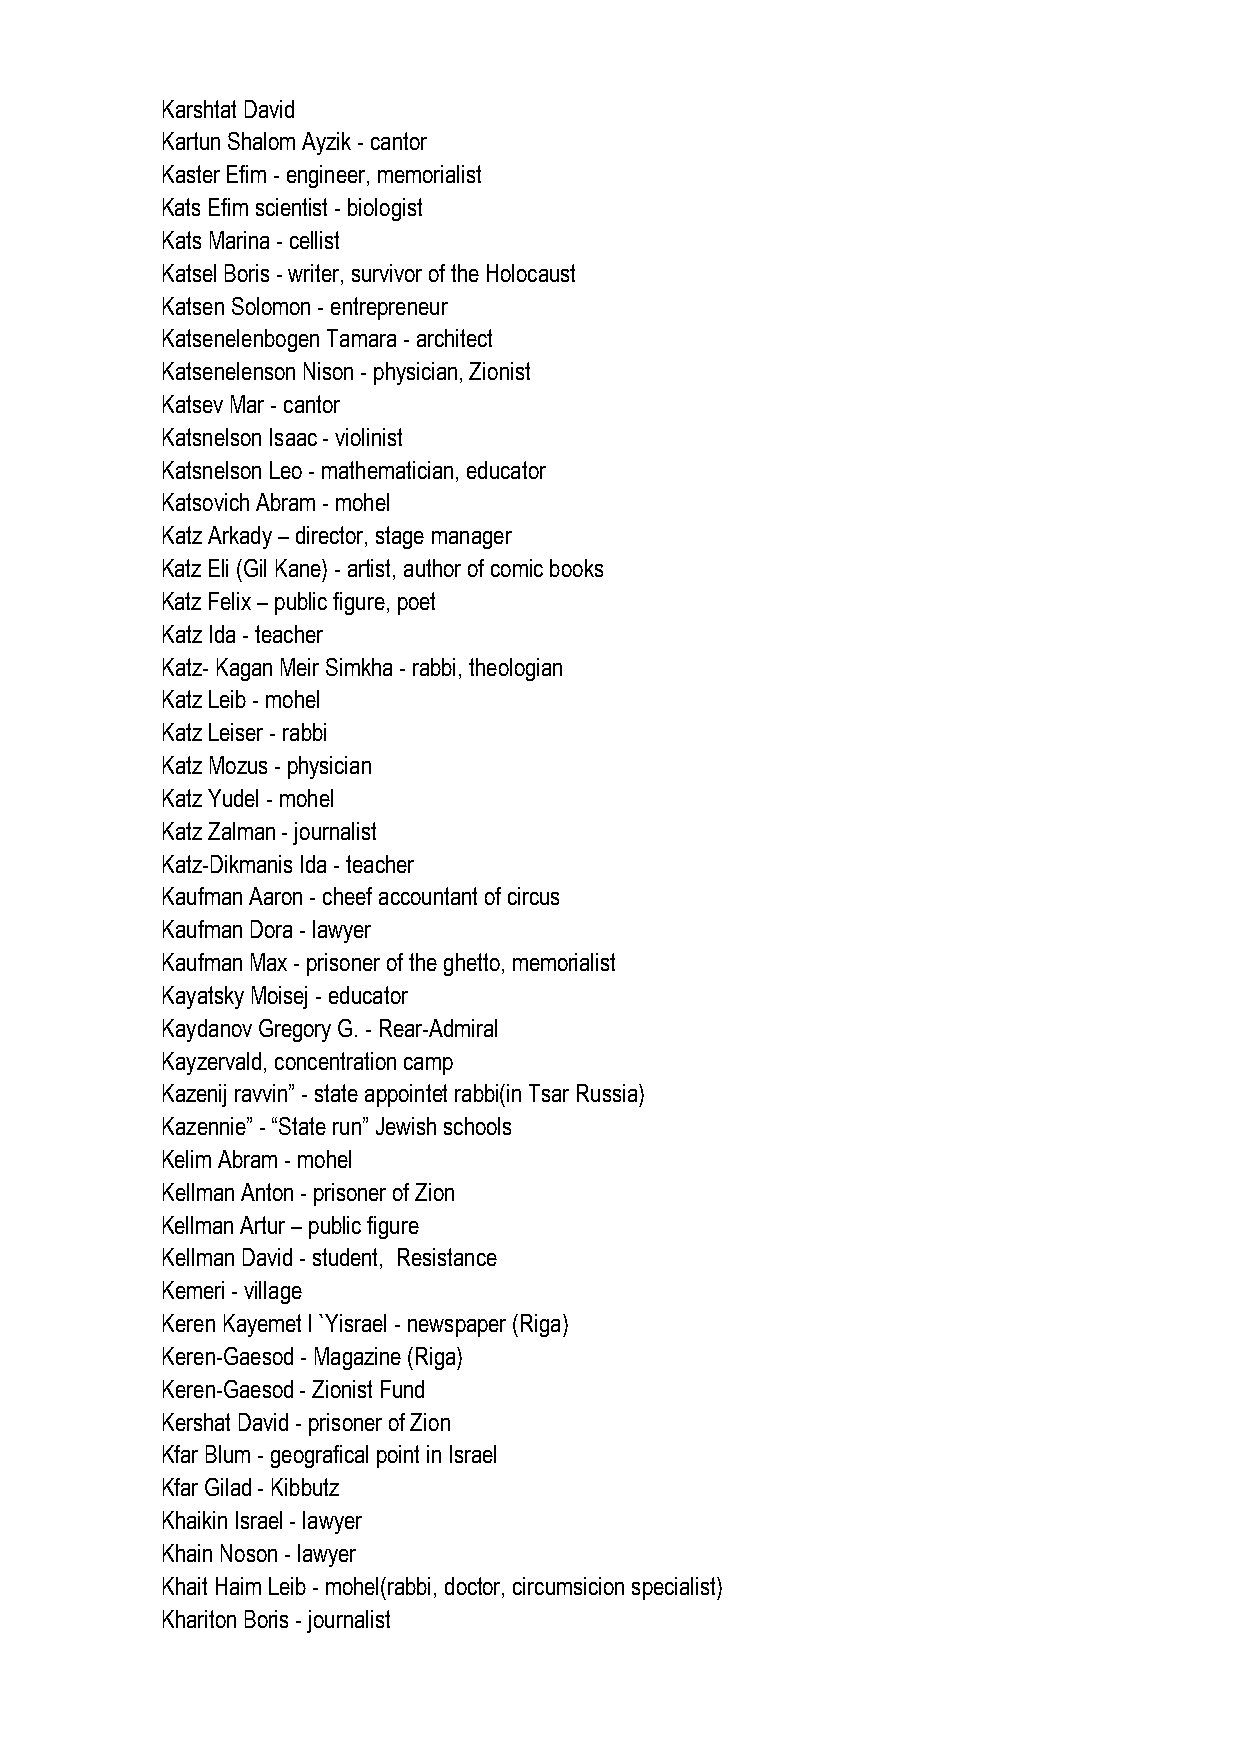
Karshtat David
 Kartun Shalom Ayzik - cantor
 Kaster Efim - engineer, memorialist
 Kats Efim scientist - biologist
 Kats Marina - cellist
 Katsel Boris - writer, survivor of the Holocaust
 Katsen Solomon - entrepreneur
 Katsenelenbogen Tamara - architect
 Katsenelenson Nison - physician, Zionist
 Katsev Mar - cantor
 Katsnelson Isaac - violinist
 Katsnelson Leo - mathematician, educator
 Katsovich Abram - mohel
 Katz Arkady – director, stage manager
 Katz Eli (Gil Kane) - artist, author of comic books
 Katz Felix – public figure, poet
 Katz Ida - teacher
 Katz- Kagan Meir Simkha - rabbi, theologian
 Katz Leib - mohel
 Katz Leiser - rabbi
 Katz Mozus - physician
 Katz Yudel - mohel
 Katz Zalman - journalist
 Katz-Dikmanis Ida - teacher
 Kaufman Aaron - cheef accountant of circus
 Kaufman Dora - lawyer
 Kaufman Max - prisoner of the ghetto, memorialist
 Kayatsky Moisej - educator
 Kaydanov Gregory G. - Rear-Admiral
 Kayzervald, concentration camp
 Kazenij ravvin” - state appointet rabbi(in Tsar Russia)
 Kazennie” - “State run” Jewish schools
 Kelim Abram - mohel
 Kellman Anton - prisoner of Zion
 Kellman Artur – public figure
 Kellman David - student, Resistance
 Kemeri - village
 Keren Kayemet l `Yisrael - newspaper (Riga)
 Keren-Gaesod - Magazine (Riga)
 Keren-Gaesod - Zionist Fund
 Kershat David - prisoner of Zion
 Kfar Blum - geografical point in Israel
 Kfar Gilad - Kibbutz
 Khaikin Israel - lawyer
 Khain Noson - lawyer
 Khait Haim Leib - mohel(rabbi, doctor, circumsicion specialist)
 Khariton Boris - journalist